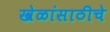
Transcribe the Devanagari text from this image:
खेळांसाठीचे